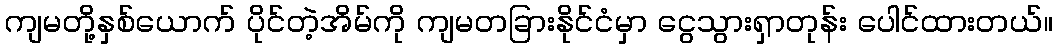
ကျမတို့နှစ်ယောက် ပိုင်တဲ့အိမ်ကို ကျမတခြားနိုင်ငံမှာ ငွေသွားရှာတုန်း ပေါင်ထားတယ်။